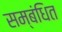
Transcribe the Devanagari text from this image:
सम्‍बंधित